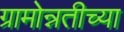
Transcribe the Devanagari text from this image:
ग्रामोन्नतीच्या